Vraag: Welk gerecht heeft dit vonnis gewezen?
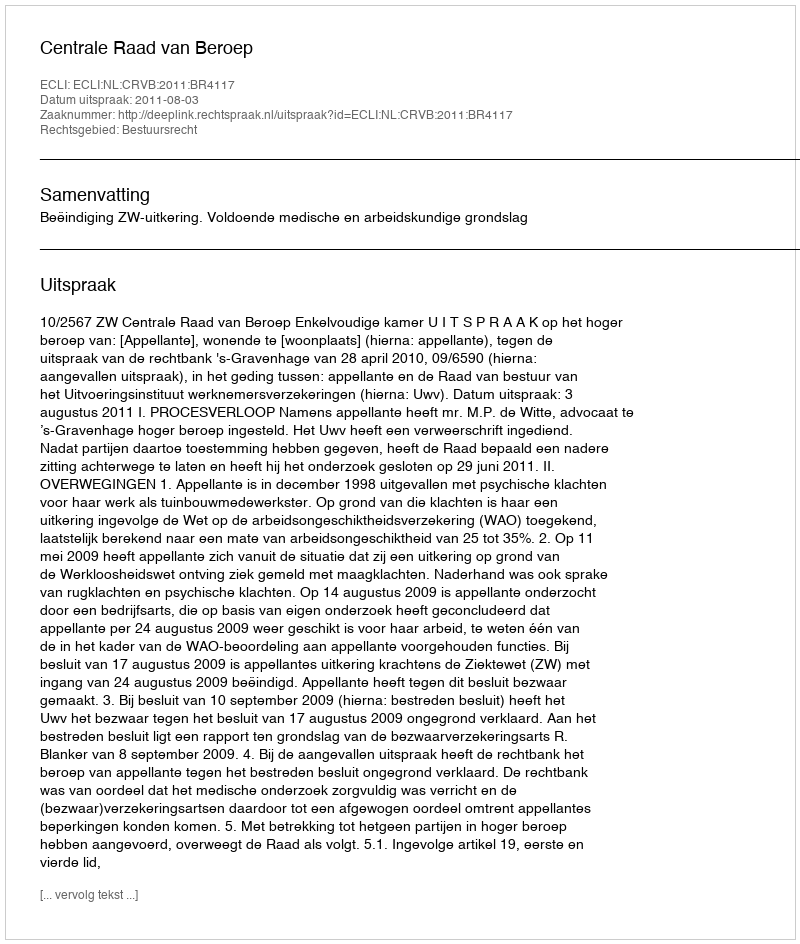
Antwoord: Centrale Raad van Beroep